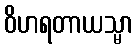
ဝိဟရတာယသ္မာ